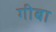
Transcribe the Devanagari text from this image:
गीबा